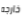
خارجه